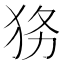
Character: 𱭷